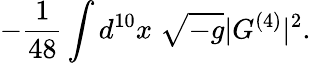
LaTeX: -\frac{1}{48}\int d^{10}x\; \sqrt{-g}|G^{(4)}|^{2}.